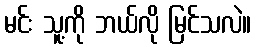
မင်း သူ့ကို ဘယ်လို မြင်သလဲ။